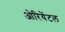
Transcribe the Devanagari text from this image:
ओरियेंटल